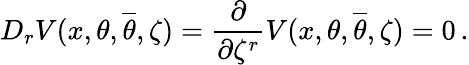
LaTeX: D_{r}V(x,\theta,{\overline{{\theta}}},\zeta)=\frac{\partial}{\partial\zeta^{r}}V(x,\theta,{\overline{{\theta}}},\zeta)=0\, .